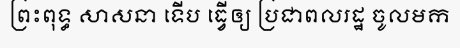
ព្រះពុទ្ធ សាសនា ទើប ធ្វើឲ្យ ប្រជាពលរដ្ឋ ចូលមក